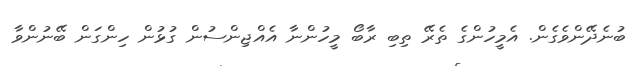
ބުނެދޭންވެގެން. އެމީހުންގެ ތެރޭ ތިބި ރާބޯ މީހުންނާ އެއްޖިންސުން ގުޅުން ހިންގަން ބޭނުންވާ